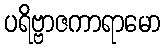
ပရိဗ္ဗာဇကာရာမော